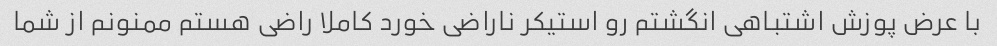
با عرض پوزش اشتباهی انگشتم رو استیکر ناراضی خورد کاملا راضی هستم ممنونم از شما